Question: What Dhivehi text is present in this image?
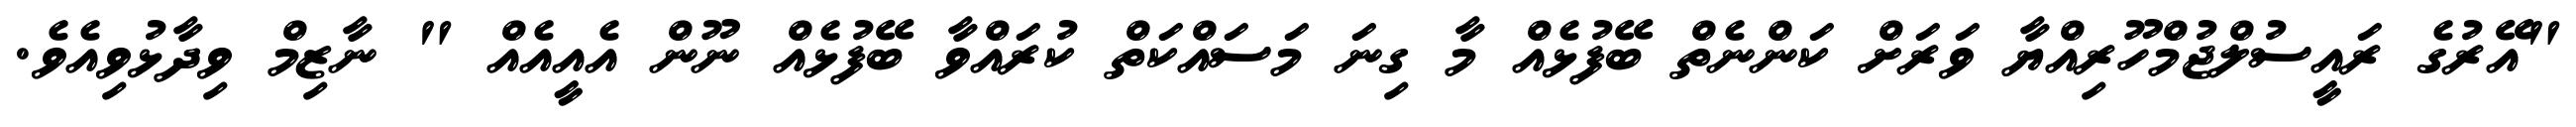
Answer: "އޭރުގެ ރައީސުލްޖުމްހޫރިއްޔާ ވަރަށް ކަންނެތް ބޭފުޅެއް މާ ގިނަ މަސައްކަތް ކުރައްވާ ބޭފުޅެއް ނޫން އެއީއެއް " ނާޒިމް ވިދާޅުވިއެވެ.